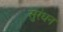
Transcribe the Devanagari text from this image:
सुरंधन